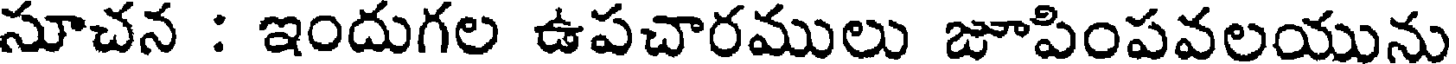
సూచన : ఇందుగల ఉపచారములు జూపింపవలయును